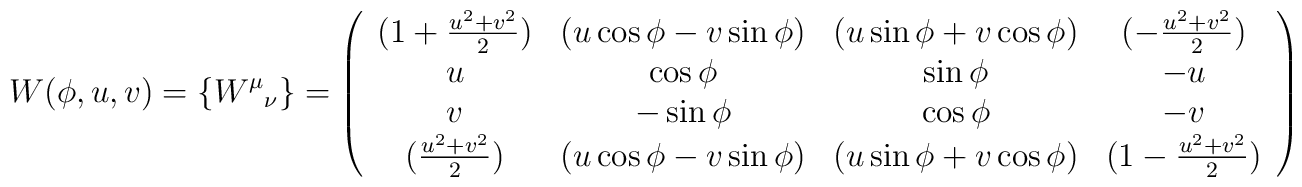
W(\phi, u, v) = \{ {W^{\mu}}_{\nu} \} = \left( \begin{array}{cccc} (1+ \frac{u^2 + v^2}{2}) & (u\cos \phi -v \sin \phi) & (u\sin \phi + v \cos \phi) & (-\frac{u^2 + v^2}{2}) \\u & \cos \phi & \sin \phi & -u \\v & -\sin \phi & \cos \phi & -v \\(\frac{u^2 + v^2}{2}) & (u\cos \phi -v \sin \phi) & (u\sin \phi + v \cos \phi) &(1 - \frac{u^2 + v^2}{2})\end{array} \right)